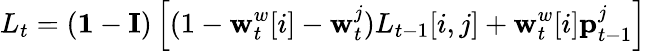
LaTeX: L_{t}=(\mathbf{1}-\mathbf{I})\left[(1-\mathbf{w}_{t}^{w}[i]-\mathbf{w}_{t}^{j})L_{t-1}[i,j]+\mathbf{w}_{t}^{w}[i]\mathbf{p}_{t-1}^{j}\right]